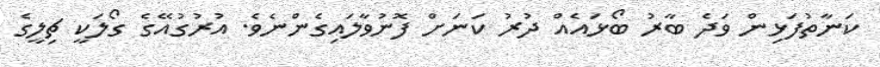
ކަނާތުފަޅިން ވަދެ ބާރު ބޯޅައެއް ދުރު ކަނަށް ފޮނުވާލައިގެންނެވެ. އުރުގުއޭގެ ގޯލަކީ ޗިލީގެ